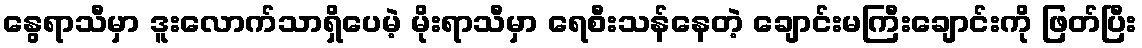
နွေရာသီမှာ ဒူးလောက်သာရှိပေမဲ့ မိုးရာသီမှာ ရေစီးသန်နေတဲ့ ချောင်းမကြီးချောင်းကို ဖြတ်ပြီး